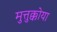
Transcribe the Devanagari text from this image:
मुत्तुक्कोया